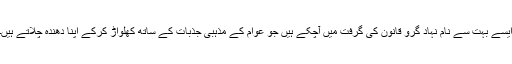
ایسے بہت سے نام نہاد گرو قانون کی گرفت میں آچکے ہیں جو عوام کے مذہبی جذبات کے ساتھ کھلواڑ کرکے اپنا دھندہ چلاتے ہیں۔